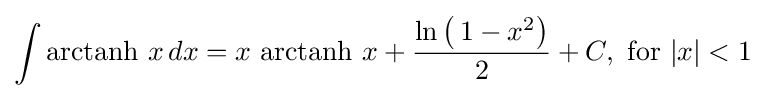
\int \operatorname {arctanh} \,x\,dx=x\,\operatorname {arctanh} \,x+{\frac {\ln \left(\,1-x^{2}\right)}{2}}+C,{\text{ for }}\vert x\vert <1